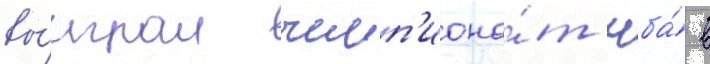
вы́играл чемп'иона́т нба́ в